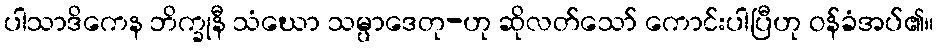
ပါသာဒိကေန ဘိက္ခုနီ သံဃော သမ္ပာဒေတု-ဟု ဆိုလတ်သော် ကောင်းပါပြီဟု ဝန်ခံအပ်၏။